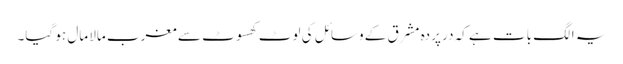
یہ الگ بات ہے کہ در پردہ مشرق کے وسائل کی لوٹ کھسوٹ سے مغرب مالا مال ہو گیا۔